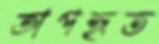
অপহৃত